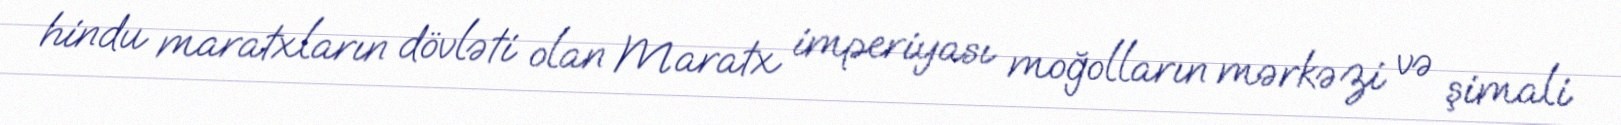
hindu maratxların dövləti olan Maratx imperiyası moğolların mərkəzi və şimali